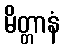
မိတ္တာနံ